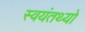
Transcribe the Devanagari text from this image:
स्वयंतथ्यों